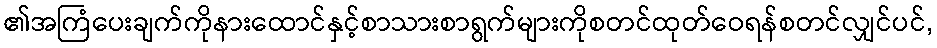
၏အကြံပေးချက်ကိုနားထောင်နှင့်စာသားစာရွက်များကိုစတင်ထုတ်ဝေရန်စတင်လျှင်ပင်,